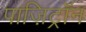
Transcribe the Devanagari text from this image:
पाज़िट्रॉन